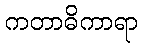
ကတာဓိကာရာ